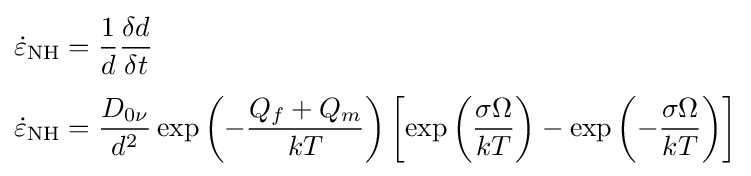
{\begin{aligned}{\dot {\varepsilon }}_{\rm {NH}}&={\frac {1}{d}}{\frac {\delta d}{\delta t}}\\[4pt]{\dot {\varepsilon }}_{\rm {NH}}&={\frac {D_{0\nu }}{d^{2}}}\exp \left(-{\frac {Q_{f}+Q_{m}}{kT}}\right)\left[\exp \left({\frac {\sigma \Omega }{kT}}\right)-\exp \left(-{\frac {\sigma \Omega }{kT}}\right)\right]\end{aligned}}